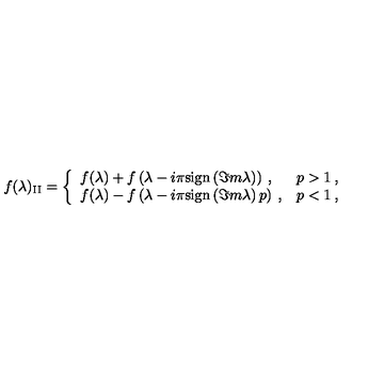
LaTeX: f ( \lambda ) _ { \mathrm { I I } } = \left\{ \begin{array} { l l } { f ( \lambda ) + f \left( \lambda - i \pi \mathrm { s i g n } \left( \Im m \lambda \right) \right) \: , } & { p > 1 \: , } \\ { f ( \lambda ) - f \left( \lambda - i \pi \mathrm { s i g n } \left( \Im m \lambda \right) p \right) \: , } & { p < 1 \: , } \\ \end{array} \right.